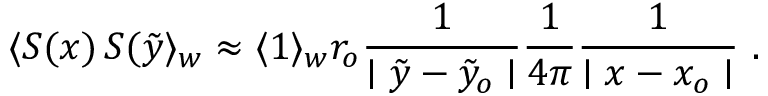
\langle S ( x ) \, S ( \tilde { y } \rangle _ { w } \approx \langle 1 \rangle _ { w } r _ { o } { \frac { 1 } { \mid \tilde { y } - \tilde { y } _ { o } \mid } } { \frac { 1 } { 4 \pi } } { \frac { 1 } { \mid x - x _ { o } \mid } } \, \, .